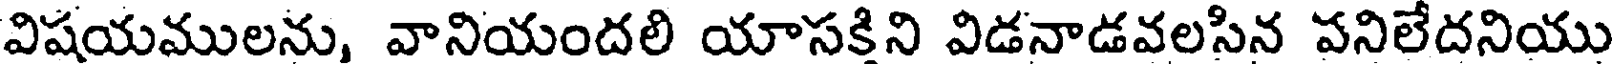
విషయములను, వానియందలి యాసకిని విడనాడవలసిన పనిలేదనియు